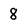
Character: 8